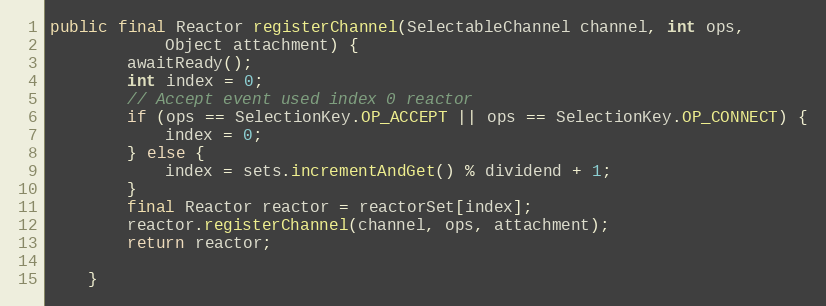
Language: Java
public final Reactor registerChannel(SelectableChannel channel, int ops,
			Object attachment) {
		awaitReady();
		int index = 0;
		// Accept event used index 0 reactor
		if (ops == SelectionKey.OP_ACCEPT || ops == SelectionKey.OP_CONNECT) {
			index = 0;
		} else {
			index = sets.incrementAndGet() % dividend + 1;
		}
		final Reactor reactor = reactorSet[index];
		reactor.registerChannel(channel, ops, attachment);
		return reactor;

	}